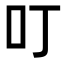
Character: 叮